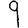
Digit: 9